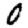
Digit: 0